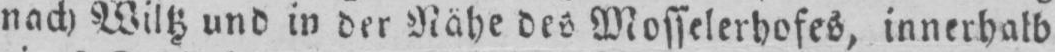
nach Wiltz und in der Nähe des Mosselerhofes, innerhalb